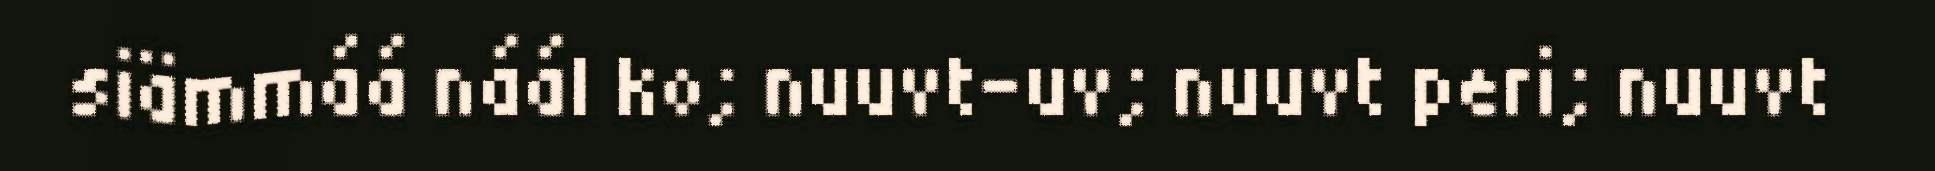
siämmáá náál ko; nuuvt-uv; nuuvt peri; nuuvt